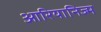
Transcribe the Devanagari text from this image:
आरियानिज्म